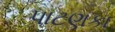
પાટણકા